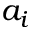
a _ { i }